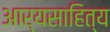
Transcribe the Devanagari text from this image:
आर्यसाहित्य